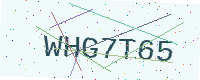
Text: WHG7T65